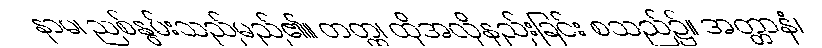
နာမ၊ ညစ်နွမ်းသည်မည်၏။ တတ္ထ၊ ထိုအလိုနည်းခြင်း စသည်၌။ အတ္တာနံ၊